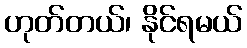
ဟုတ်တယ်၊ နိုင်ရမယ်